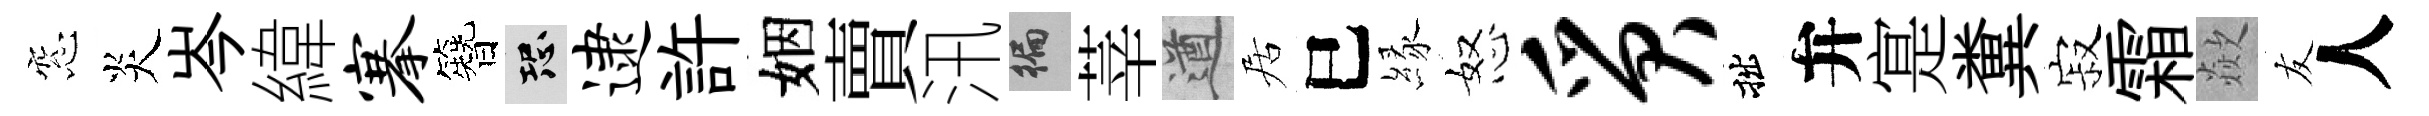
窓炎岑緯搴簪恐逮許姻賣汛徧莘遒居巳縁怒质拙弁寔糞寂霜歘友人